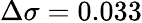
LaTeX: \Delta\sigma=0.033